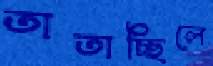
তাতাচ্ছিলে